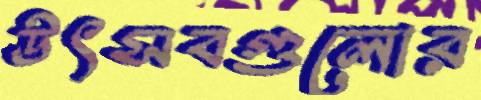
উৎসবগুলোর